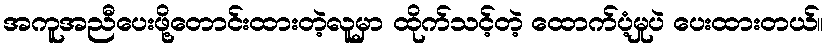
အကူအညီပေးဖို့တောင်းထားတဲ့လူမှာ ထိုက်သင့်တဲ့ ထောက်ပံ့မှုပဲ ပေးထားတယ်။